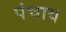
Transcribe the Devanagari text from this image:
पंचाय